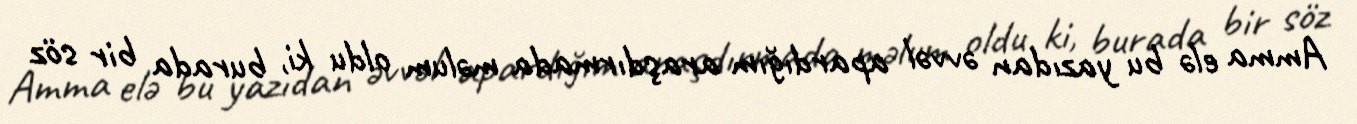
Amma elə bu yazıdan əvvəl apardığım araşdırmada məlum oldu ki, burada bir söz